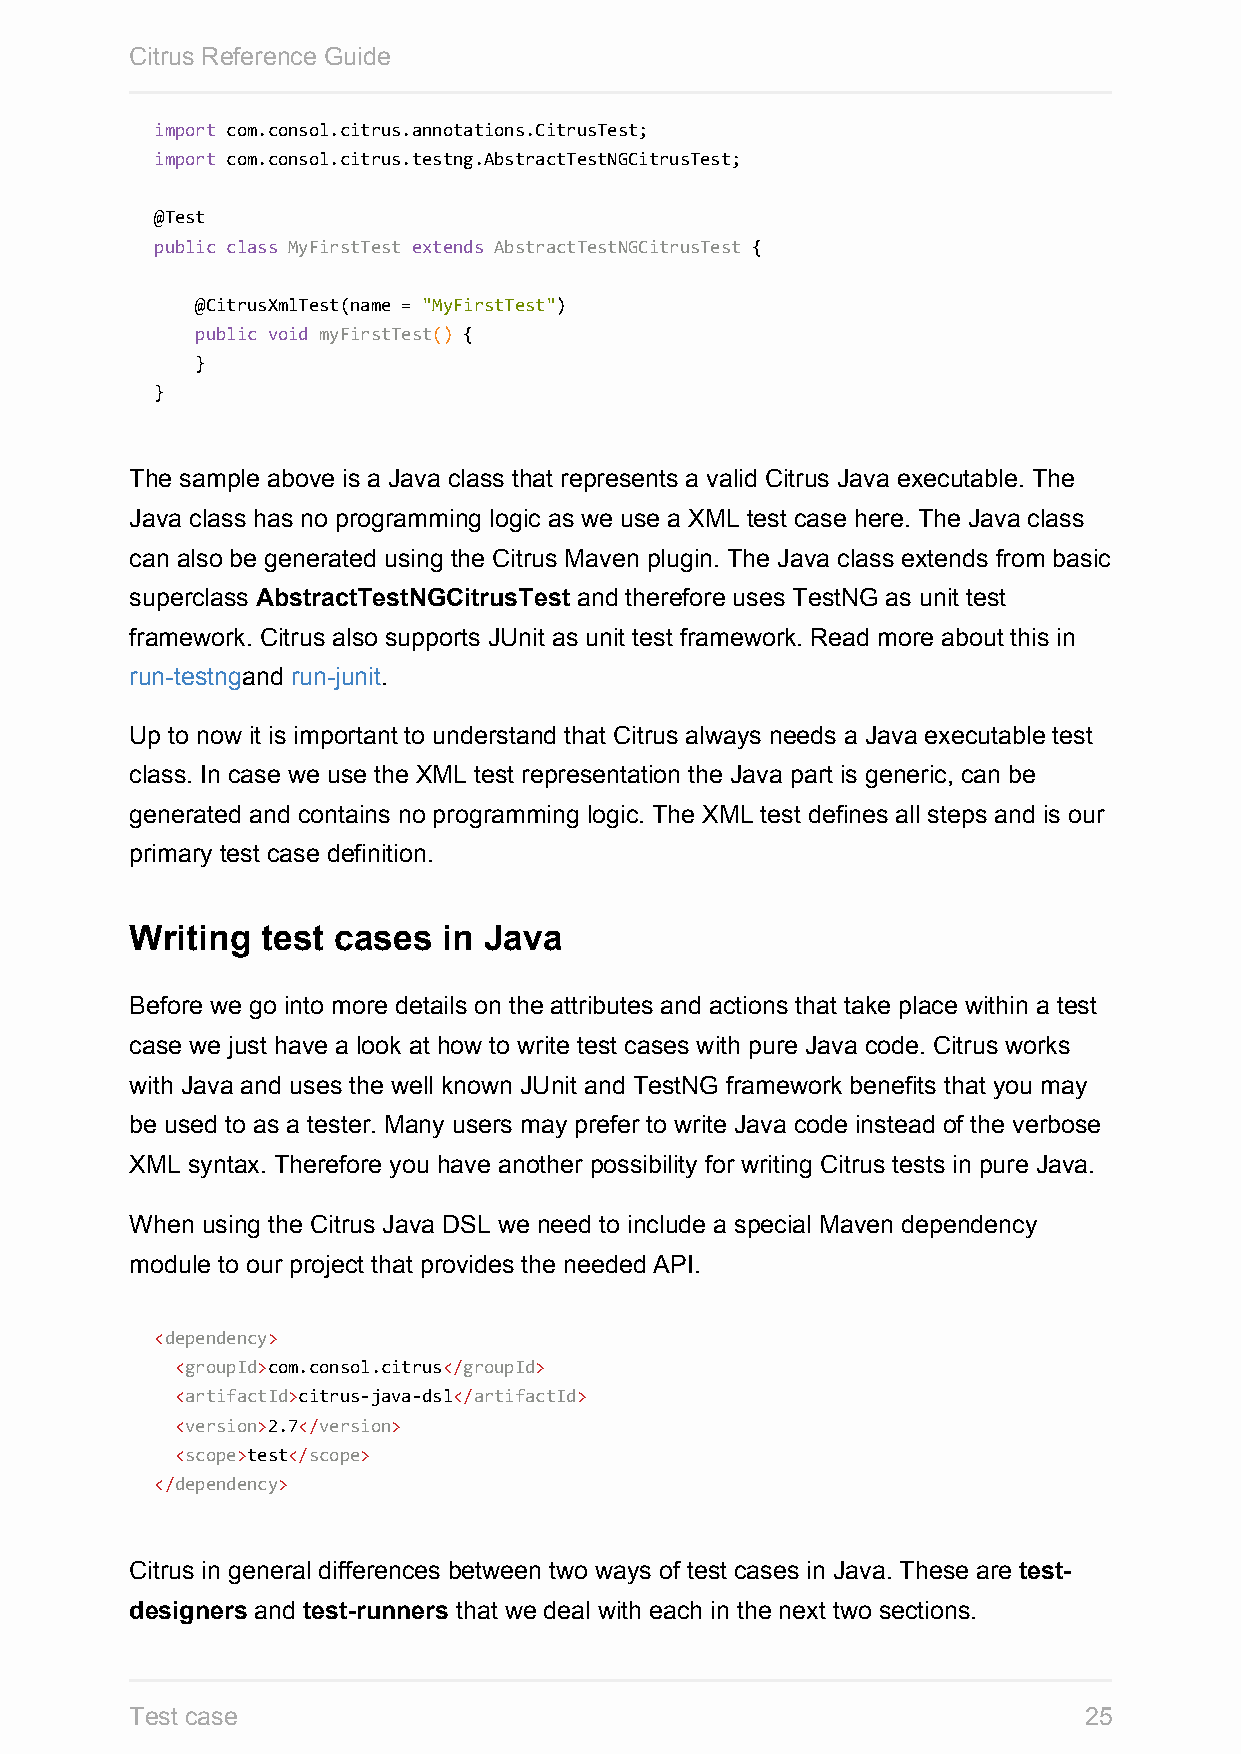
Citrus Reference Guide
 import com.consol.citrus.annotations.CitrusTest;
 import com.consol.citrus.testng.AbstractTestNGCitrusTest;
 @Test
 public class MyFirstTest extends AbstractTestNGCitrusTest {
 @CitrusXmlTest(name = "MyFirstTest")
 public void myFirstTest() {
 }
 }
 The sample above is a Java class that represents a valid Citrus Java executable. The
 Java class has no programming logic as we use a XML test case here. The Java class
 can also be generated using the Citrus Maven plugin. The Java class extends from basic
 superclass AbstractTestNGCitrusTest and therefore uses TestNG as unit test
 framework. Citrus also supports JUnit as unit test framework. Read more about this in
 run-testngand run-junit.
 Up to now it is important to understand that Citrus always needs a Java executable test
 class. In case we use the XML test representation the Java part is generic, can be
 generated and contains no programming logic. The XML test defines all steps and is our
 primary test case definition.
 Writing test cases  in Java
 Before we go into more details on the attributes and actions that take place within a test
 case we just have a look at how to write test cases with pure Java code. Citrus works
 with Java and uses the well known JUnit and TestNG framework benefits that you may
 be used to as a tester. Many users may prefer to write Java code instead of the verbose
 XML syntax. Therefore you have another possibility for writing Citrus tests in pure Java.
 When using the Citrus Java DSL we need to include a special Maven dependency
 module to our project that provides the needed API.
 <dependency>
 <groupId>com.consol.citrus</groupId>
 <artifactId>citrus-java-dsl</artifactId>
 <version>2.7</version>
 <scope>test</scope>
 </dependency>
 Citrus in general differences between two ways of test cases in Java. These are test-
 designers and test-runners that we deal with each in the next two sections.
 Test case                                                      25